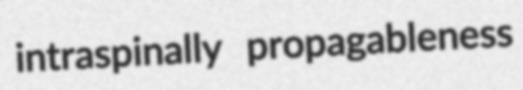
intraspinally propagableness